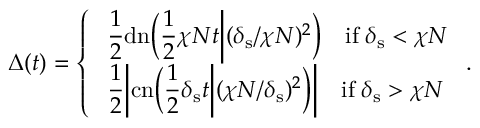
\Delta ( t ) = \left\{ \begin{array} { l l } { \displaystyle \; \frac { 1 } { 2 } \mathrm { d n } \bigg ( \frac { 1 } { 2 } \chi N t \bigg | ( \delta _ { \mathrm { s } } / \chi N ) ^ { 2 } \bigg ) \quad \mathrm { i f } \; \delta _ { \mathrm { s } } < \chi N } \\ { \displaystyle \; \frac { 1 } { 2 } \bigg | \mathrm { c n } \bigg ( \frac { 1 } { 2 } \delta _ { \mathrm { s } } t \bigg | ( \chi N / \delta _ { \mathrm { s } } ) ^ { 2 } \bigg ) \bigg | \quad \mathrm { i f } \; \delta _ { \mathrm { s } } > \chi N } \end{array} \right. .